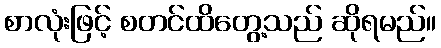
စာလုံးဖြင့် စတင်ထိတွေ့သည် ဆိုရမည်။